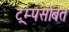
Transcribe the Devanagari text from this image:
ट्रम्पसोबत